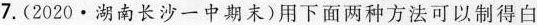
7.(2020·湖南长沙一中期末)用下面两种方法可以制得白